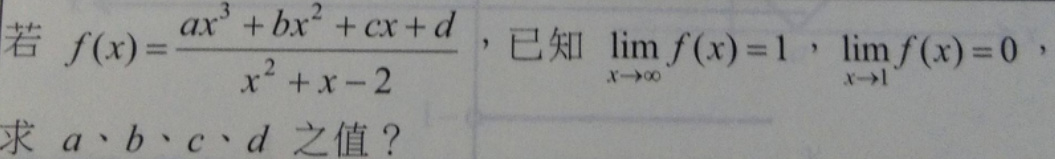
若 \(f(x)=\frac{ax^{3}+bx^{2}+cx + d}{x^{2}+x - 2}\)，已知 \(\lim_{x\rightarrow\infty}f(x)=1\)，\(\lim_{x\rightarrow1}f(x)=0\)，求 \(a\)、\(b\)、\(c\)、\(d\) 之值？